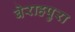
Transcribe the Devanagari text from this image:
बेराहपुरा